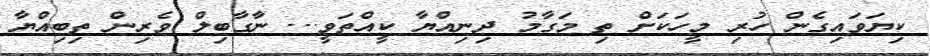
ކިޔަވައިގެން ހުރި މީހަކަށް ތި މަގާމު ދިނިއްޔާ ކީއްތަވީ... ނާގާބިލް ވެރިން ތިބިއްޔާ